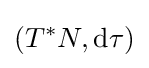
(T^{*}N,\mathrm {d} \tau )